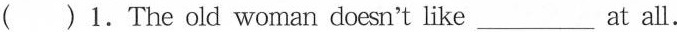
( )1.The old woman doesn't like___ at all.